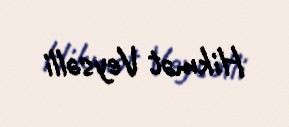
Hikmət Veysəlli